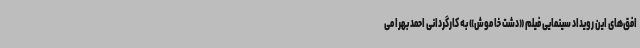
افق‌های این رویداد سینمایی فیلم «دشت خاموش» به کارگردانی احمد بهرامی